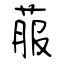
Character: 菔